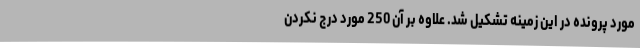
مورد پرونده در این زمینه تشکیل شد. علاوه ‌بر آن 250 مورد درج نکردن